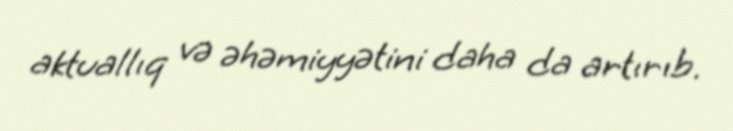
aktuallıq və əhəmiyyətini daha da artırıb.